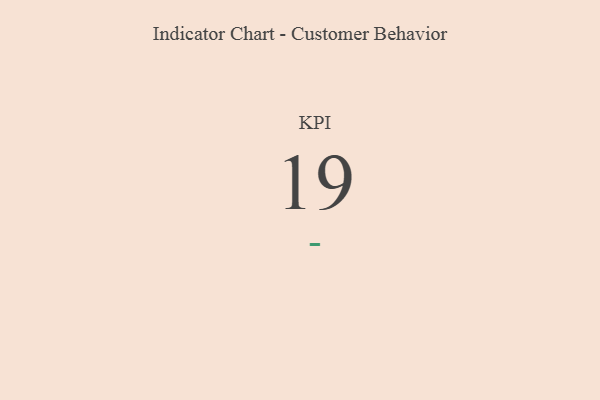
{"axis": {"x": "KPI", "y": "Value"}, "legend": [""], "data": [{"x": "KPI", "y": 19, "type": ""}]}